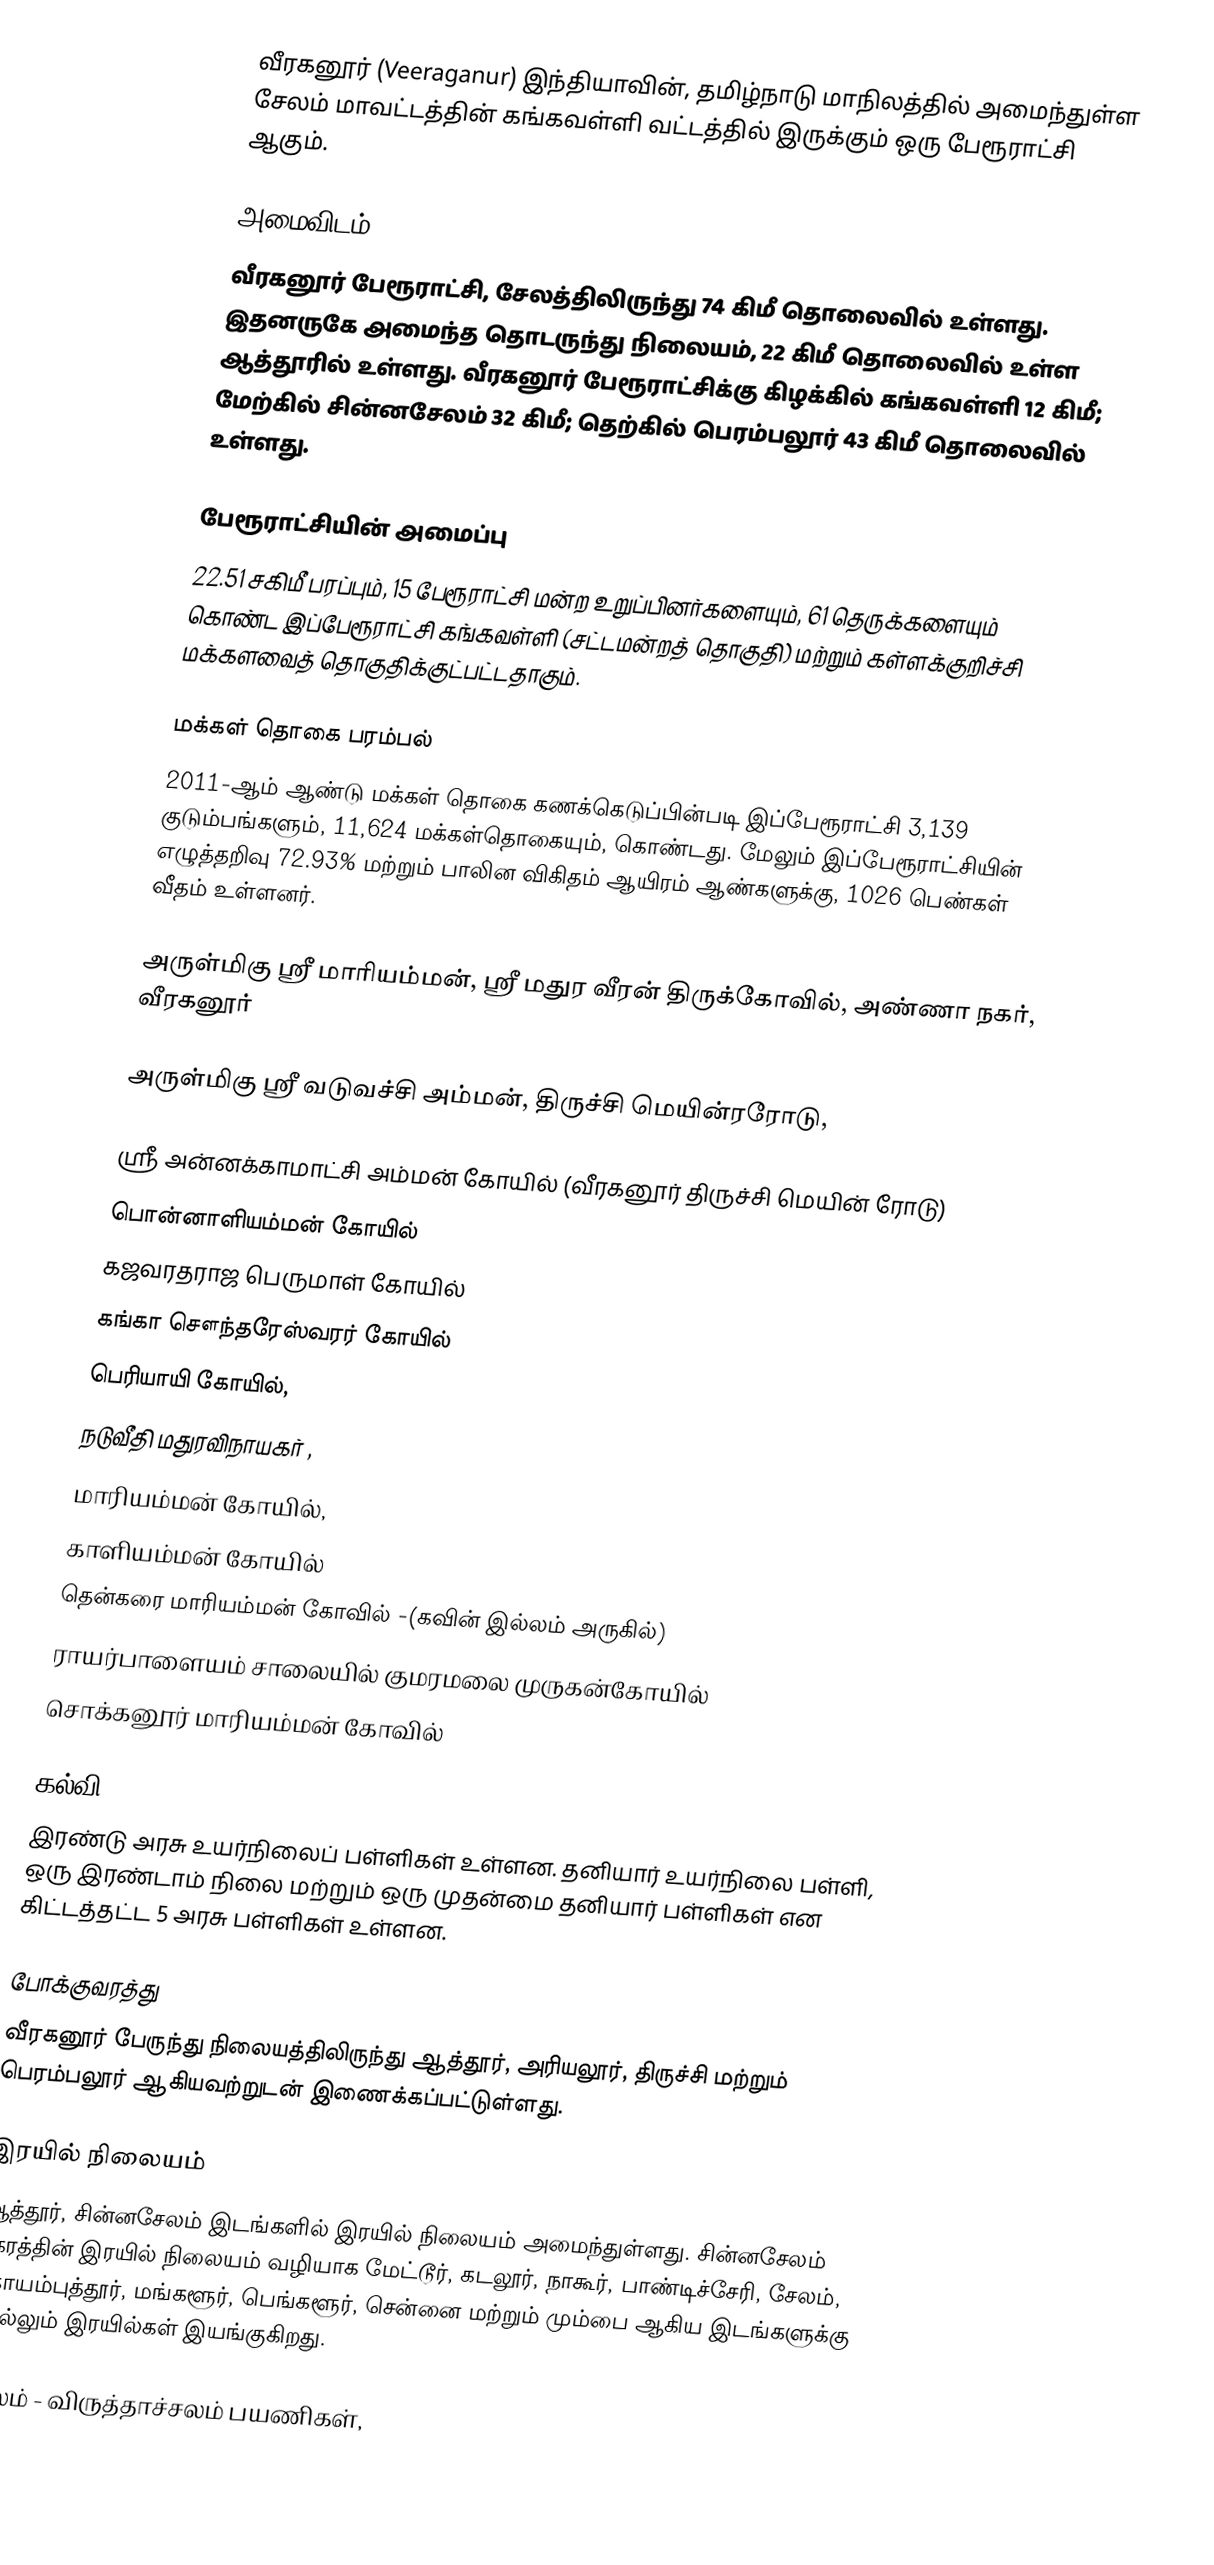
வீரகனூர் (Veeraganur) இந்தியாவின், தமிழ்நாடு மாநிலத்தில் அமைந்துள்ள சேலம் மாவட்டத்தின் கங்கவள்ளி வட்டத்தில் இருக்கும் ஒரு பேரூராட்சி ஆகும்.

அமைவிடம்
வீரகனூர் பேரூராட்சி, சேலத்திலிருந்து 74 கிமீ தொலைவில் உள்ளது. இதனருகே அமைந்த தொடருந்து நிலையம், 22 கிமீ தொலைவில் உள்ள ஆத்தூரில் உள்ளது. வீரகனூர் பேரூராட்சிக்கு கிழக்கில் கங்கவள்ளி 12 கிமீ; மேற்கில் சின்னசேலம் 32 கிமீ; தெற்கில் பெரம்பலூர் 43 கிமீ தொலைவில் உள்ளது.

பேரூராட்சியின் அமைப்பு
22.51 சகிமீ பரப்பும், 15 பேரூராட்சி மன்ற உறுப்பினர்களையும், 61 தெருக்களையும்  கொண்ட இப்பேரூராட்சி கங்கவள்ளி (சட்டமன்றத் தொகுதி) மற்றும் கள்ளக்குறிச்சி மக்களவைத் தொகுதிக்குட்பட்டதாகும்.

மக்கள் தொகை பரம்பல்
2011-ஆம் ஆண்டு மக்கள் தொகை கணக்கெடுப்பின்படி  இப்பேரூராட்சி 3,139 குடும்பங்களும், 11,624 மக்கள்தொகையும், கொண்டது. மேலும் இப்பேரூராட்சியின் எழுத்தறிவு  72.93%  மற்றும்  பாலின விகிதம்  ஆயிரம் ஆண்களுக்கு,  1026 பெண்கள் வீதம் உள்ளனர்.

அருள்மிகு ஶ்ரீ மாரியம்மன், ஸ்ரீ மதுர வீரன் திருக்கோவில், அண்ணா நகர், வீரகனூர்

அருள்மிகு ஸ்ரீ வடுவச்சி அம்மன், திருச்சி மெயின்ரரோடு,

ஸ்ரீ அன்னக்காமாட்சி அம்மன் கோயில் (வீரகனூர் திருச்சி மெயின் ரோடு)
 பொன்னாளியம்மன் கோயில்
 கஜவரதராஜ பெருமாள் கோயில்
 கங்கா சௌந்தரேஸ்வரர் கோயில்
 பெரியாயி கோயில்,
 நடுவீதி மதுரவிநாயகர் ,
 மாரியம்மன் கோயில்,
 காளியம்மன் கோயில்
 தென்கரை மாரியம்மன் கோவில் -(கவின் இல்லம் அருகில்)
 ராயர்பாளையம் சாலையில் குமரமலை முருகன்கோயில்
சொக்கனூர் மாரியம்மன் கோவில்

கல்வி
 இரண்டு அரசு உயர்நிலைப் பள்ளிகள் உள்ளன. தனியார் உயர்நிலை பள்ளி, ஒரு இரண்டாம் நிலை மற்றும் ஒரு முதன்மை தனியார் பள்ளிகள் என கிட்டத்தட்ட 5 அரசு பள்ளிகள் உள்ளன.

போக்குவரத்து
 வீரகனூர் பேருந்து நிலையத்திலிருந்து ஆத்தூர், அரியலூர், திருச்சி மற்றும் பெரம்பலூர் ஆகியவற்றுடன் இணைக்கப்பட்டுள்ளது.

இரயில் நிலையம்
 ஆத்தூர், சின்னசேலம் இடங்களில் இரயில் நிலையம் அமைந்துள்ளது. சின்னசேலம் நகரத்தின் இரயில் நிலையம் வழியாக மேட்டூர், கடலூர், நாகூர், பாண்டிச்சேரி, சேலம், கோயம்புத்தூர், மங்களூர், பெங்களூர், சென்னை மற்றும் மும்பை ஆகிய இடங்களுக்கு செல்லும் இரயில்கள் இயங்குகிறது.

 சேலம் - விருத்தாச்சலம் பயணிகள்,